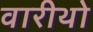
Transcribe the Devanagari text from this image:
वारीथो